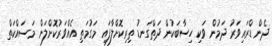
ދެން ޑްރައިވަރު ދަމުން ވަކި ހިސާބަކުން ދަތްގަނޑު ތިރިކޮށްލާފައި މަގުމަތި އެއްވަރުކޮށްލަން މަސައްކަތް